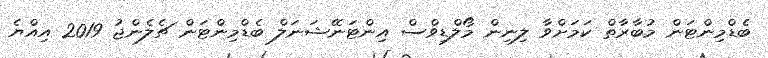
ބެޑްމިންޓަން މުބާރާތް ކަމަށްވާ ލިނިން މޯލްޑިވްސް އިންޓަނޭޝަނަލް ބެޑްމިންޓަން ޗެލެންޖު 2019 އިއްޔެ